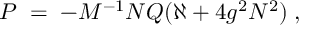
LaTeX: P \; = \; - M ^ { - 1 } N Q ( \aleph + 4 g ^ { 2 } N ^ { 2 } ) \; ,